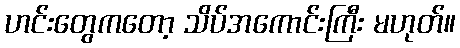
ဟင်းတွေကတော့ သိပ်အကောင်းကြီး မဟုတ်။